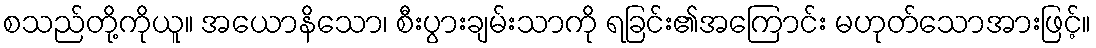
စသည်တို့ကိုယူ။ အယောနိသော၊ စီးပွားချမ်းသာကို ရခြင်း၏အကြောင်း မဟုတ်သောအားဖြင့်။